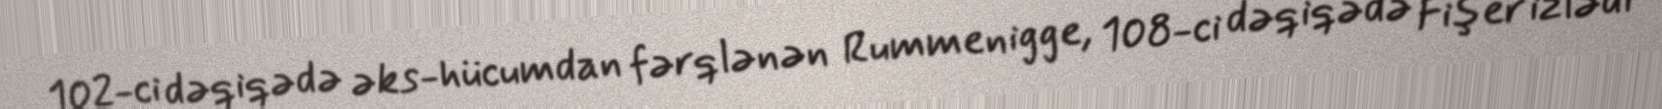
102-ci dəqiqədə əks-hücumdan fərqlənən Rummenigge, 108-ci dəqiqədə Fişer izlədi